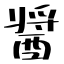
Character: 醤